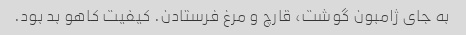
به جای ژامبون گوشت، قارچ و مرغ فرستادن. کیفیت کاهو بد بود.